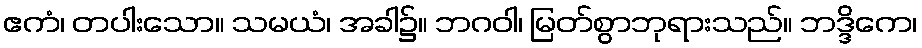
ဧကံ၊ တပါးသော။ သမယံ၊ အခါ၌။ ဘဂဝါ၊ မြတ်စွာဘုရားသည်။ ဘဒ္ဒိကေ၊